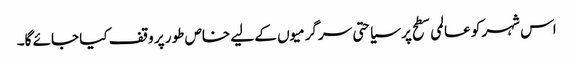
اس شہر کو عالمی سطح پر سیاحتی سرگرمیوں کے لیے خاص طور پر وقف کیا جائے گا۔